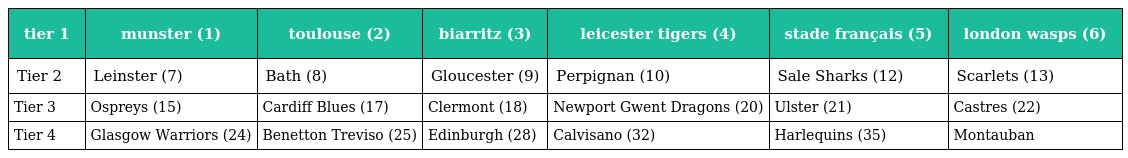
| tier 1 | munster (1) | toulouse (2) | biarritz (3) | leicester tigers (4) | stade français (5) | london wasps (6) |
 | --- | --- | --- | --- | --- | --- | --- |
 | Tier 2 | Leinster (7) | Bath (8) | Gloucester (9) | Perpignan (10) | Sale Sharks (12) | Scarlets (13) |
 | Tier 3 | Ospreys (15) | Cardiff Blues (17) | Clermont (18) | Newport Gwent Dragons (20) | Ulster (21) | Castres (22) |
 | Tier 4 | Glasgow Warriors (24) | Benetton Treviso (25) | Edinburgh (28) | Calvisano (32) | Harlequins (35) | Montauban |